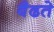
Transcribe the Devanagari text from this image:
बैढते